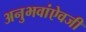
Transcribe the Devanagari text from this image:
अनुभवांऐवजी